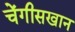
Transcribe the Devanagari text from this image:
चेंगीसखान